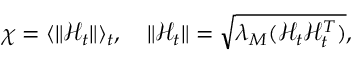
\begin{array} { r } { \chi = \langle \lVert \mathbf { \mathcal { H } } _ { t } \rVert \rangle _ { t } , \quad \lVert \mathbf { \mathcal { H } } _ { t } \rVert = \sqrt { \lambda _ { M } ( \mathbf { \mathcal { H } } _ { t } \mathbf { \mathcal { H } } _ { t } ^ { T } ) } , } \end{array}